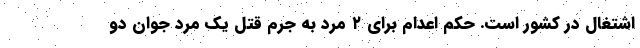
اشتغال در کشور است. حکم اعدام برای ۲ مرد به جرم قتل یک مرد جوان دو